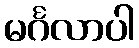
မင်္ဂလာပါ